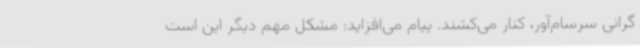
گرانی سرسام‌آور، کنار می‌کشند. پیام می‌افزاید: مشکل مهم دیگر این است